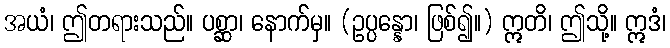
အယံ၊ ဤတရားသည်။ ပစ္ဆာ၊ နောက်မှ။ (ဥပ္ပန္နော၊ ဖြစ်၍။) ဣတိ၊ ဤသို့။ ဣဒံ၊